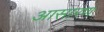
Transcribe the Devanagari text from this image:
आसारण